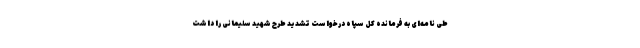
طی نامه‌ای به فرمانده کل سپاه درخواست تشدید طرح شهید سلیمانی را داشت